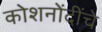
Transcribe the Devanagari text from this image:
कोशनोंदींचे